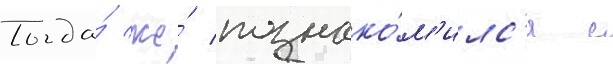
Тогда́ же́ познако́м'илс'я с